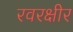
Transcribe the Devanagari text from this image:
रवरक्षीर